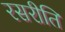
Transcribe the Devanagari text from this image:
रसरीति